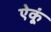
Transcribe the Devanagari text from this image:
ऐकूं